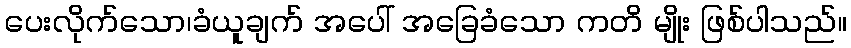
ပေးလိုက်သော၊ခံယူချက် အပေါ် အခြေခံသော ကတိ မျိုး ဖြစ်ပါသည်။